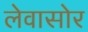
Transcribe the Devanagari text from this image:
लेवासोर